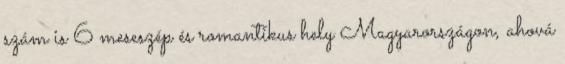
szám is 6 meseszép és romantikus hely Magyarországon, ahová